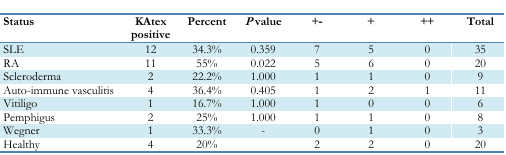
<table><thead><tr><td><b>Status</b></td><td><b>KAtex positive</b></td><td><b>Percent</b></td><td><b><i>P</i> value</b></td><td><b>+−</b></td><td><b>+</b></td><td><b>++</b></td><td><b>Total</b></td></tr></thead><tbody><tr><td>SLE</td><td>12</td><td>34.3%</td><td>0.359</td><td>7</td><td>5</td><td>0</td><td>35</td></tr><tr><td>RA</td><td>11</td><td>55%</td><td>0.022</td><td>5</td><td>6</td><td>0</td><td>20</td></tr><tr><td>Scleroderma</td><td>2</td><td>22.2%</td><td>1.000</td><td>1</td><td>1</td><td>0</td><td>9</td></tr><tr><td>Auto-immune vasculitis</td><td>4</td><td>36.4%</td><td>0.405</td><td>1</td><td>2</td><td>1</td><td>11</td></tr><tr><td>Vitiligo</td><td>1</td><td>16.7%</td><td>1.000</td><td>1</td><td>0</td><td>0</td><td>6</td></tr><tr><td>Pemphigus</td><td>2</td><td>25%</td><td>1.000</td><td>1</td><td>1</td><td>0</td><td>8</td></tr><tr><td>Wegner</td><td>1</td><td>33.3%</td><td>-</td><td>0</td><td>1</td><td>0</td><td>3</td></tr><tr><td>Healthy</td><td>4</td><td>20%</td><td></td><td>2</td><td>2</td><td>0</td><td>20</td></tr></tbody></table>